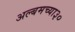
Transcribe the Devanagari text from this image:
अल्बमच्या३०